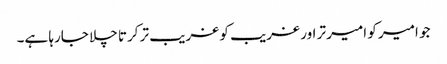
جو امیر کو امیر تر اور غریب کو غریب تر کرتا چلا جارہا ہے۔